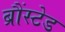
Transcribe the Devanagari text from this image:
ब्रौंस्टेड